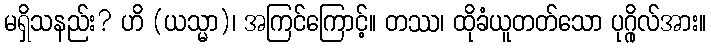
မရှိသနည်း? ဟိ (ယသ္မာ)၊ အကြင်ကြောင့်။ တဿ၊ ထိုခံယူတတ်သော ပုဂ္ဂိုလ်အား။